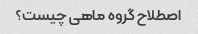
اصطلاح گروه ماهی چیست؟